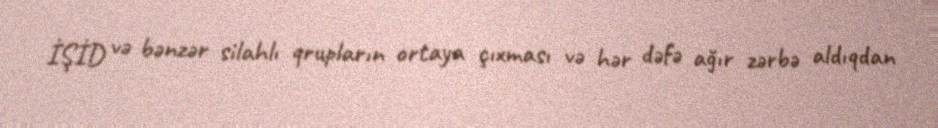
İŞİD və bənzər silahlı qrupların ortaya çıxması və hər dəfə ağır zərbə aldıqdan